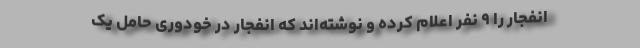
انفجار را ۹ نفر اعلام کرده و نوشته‌اند که انفجار در خودوری حامل یک